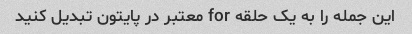
این جمله را به یک حلقه for معتبر در پایتون تبدیل کنید